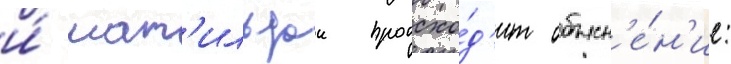
и́ мат'ильдои происхо́д'ит объясн'е́н'ие: